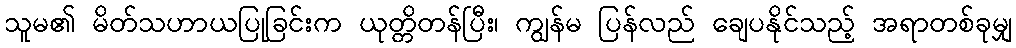
သူမ၏ မိတ်သဟာယပြုခြင်းက ယုတ္တိတန်ပြီး၊ ကျွန်မ ပြန်လည် ချေပနိုင်သည့် အရာတစ်ခုမျှ